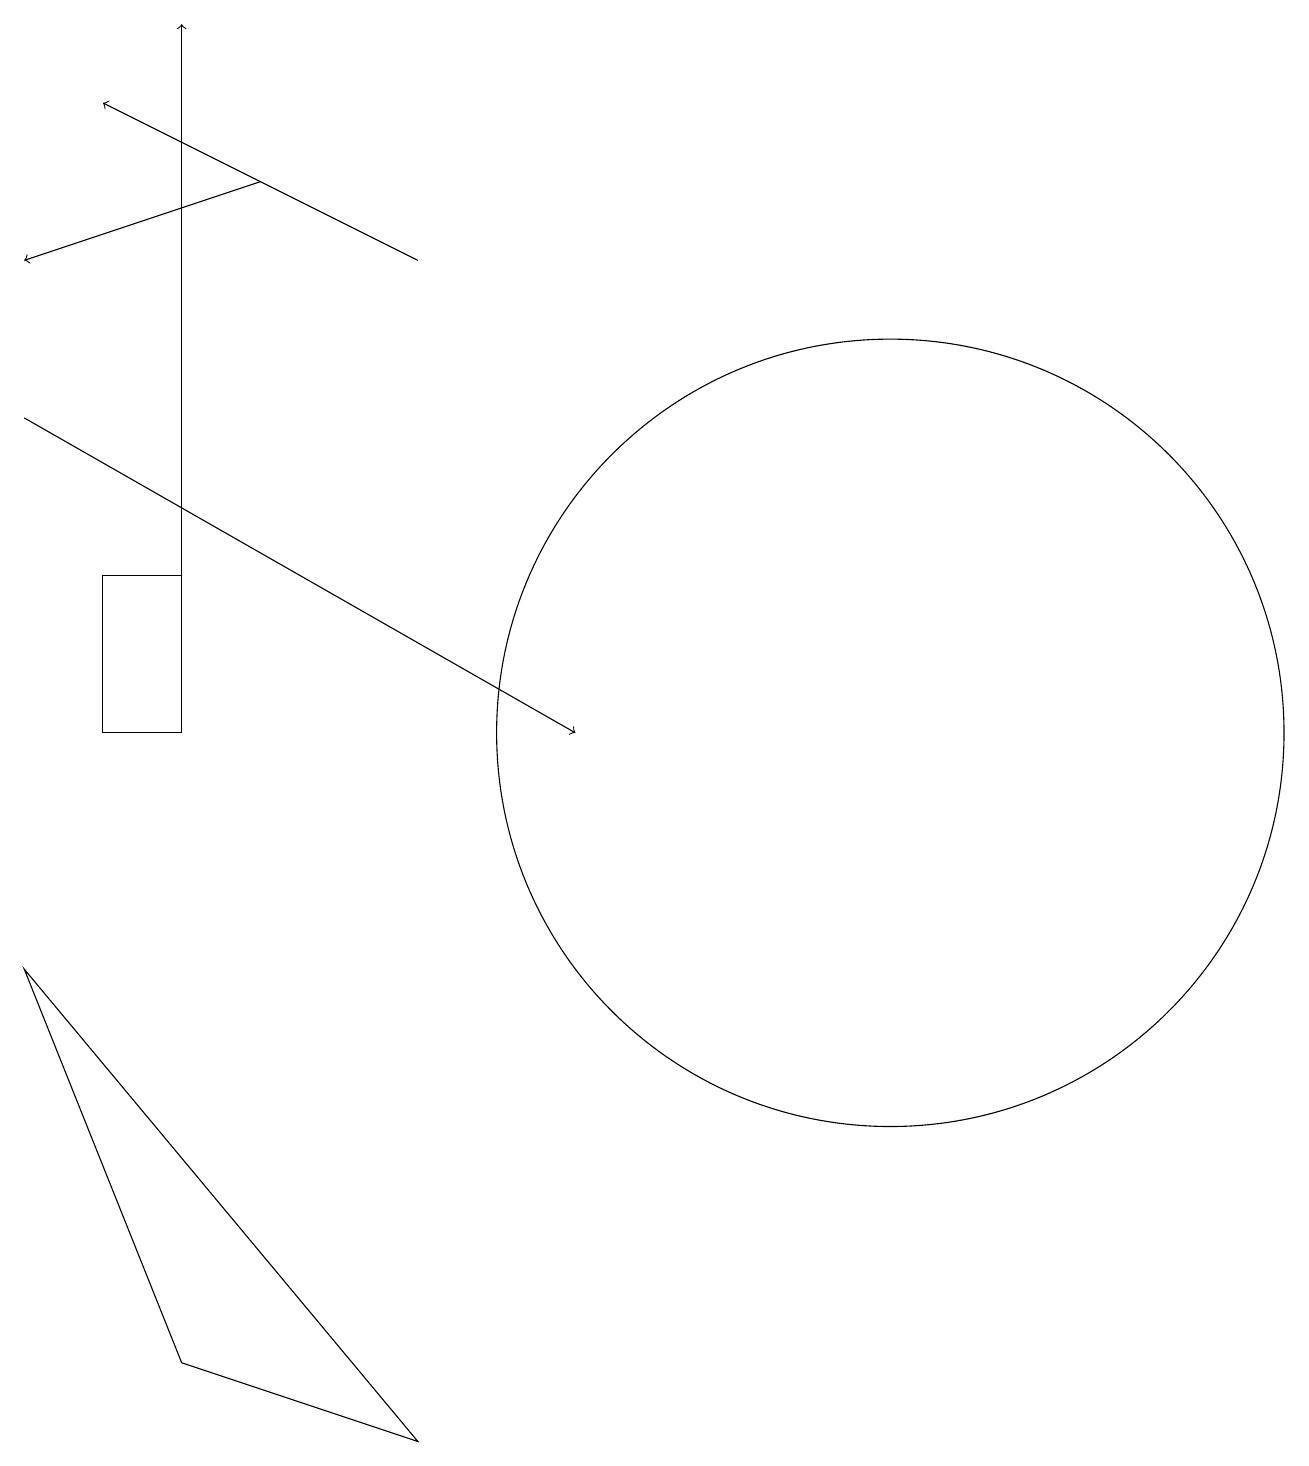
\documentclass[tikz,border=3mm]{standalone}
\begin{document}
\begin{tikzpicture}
\draw[->] (5,16) -- (1,18);
\draw[->] (0,14) -- (7,10);
\draw (11,10) circle (5);
\draw (2,10) rectangle (1,12);
\draw[->] (2,11) -- (2,19);
\draw[->] (3,17) -- (0,16);
\draw (0,7) -- (2,2) -- (5,1) -- cycle;
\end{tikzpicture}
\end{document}